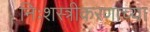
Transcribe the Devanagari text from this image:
निःशस्त्रीकरणाच्या